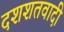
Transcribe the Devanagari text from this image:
दशशतवादी